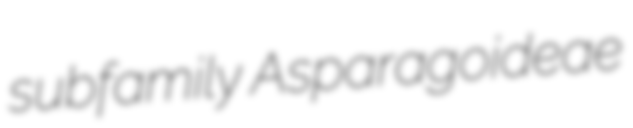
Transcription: subfamily Asparagoideae